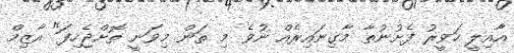
އާއިލީ ހަވީރު ފެށުނުތާ މާގިނައިރެއް ނުވެ މި ތަން މިވަނީ ތޮށްޖެހިފަ" އާޒިމް